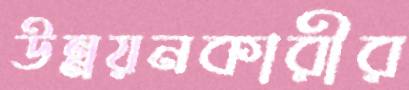
উন্নয়নকারীর